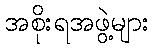
အစိုးရအဖွဲ့များ